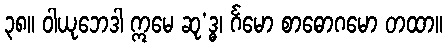
၃၈။ ဝါယုဘေဒါ ဣမေ ဆု’ဒ္ဓ၊ င်္ဂမော စာဓောဂမော တထာ။